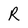
Character: R